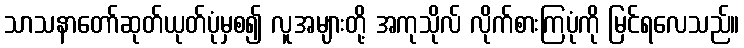
သာသနာတော်ဆုတ်ယုတ်ပုံမှစ၍ လူအများတို့ အကုသိုလ် လိုက်စားကြပုံကို မြင်ရလေသည်။